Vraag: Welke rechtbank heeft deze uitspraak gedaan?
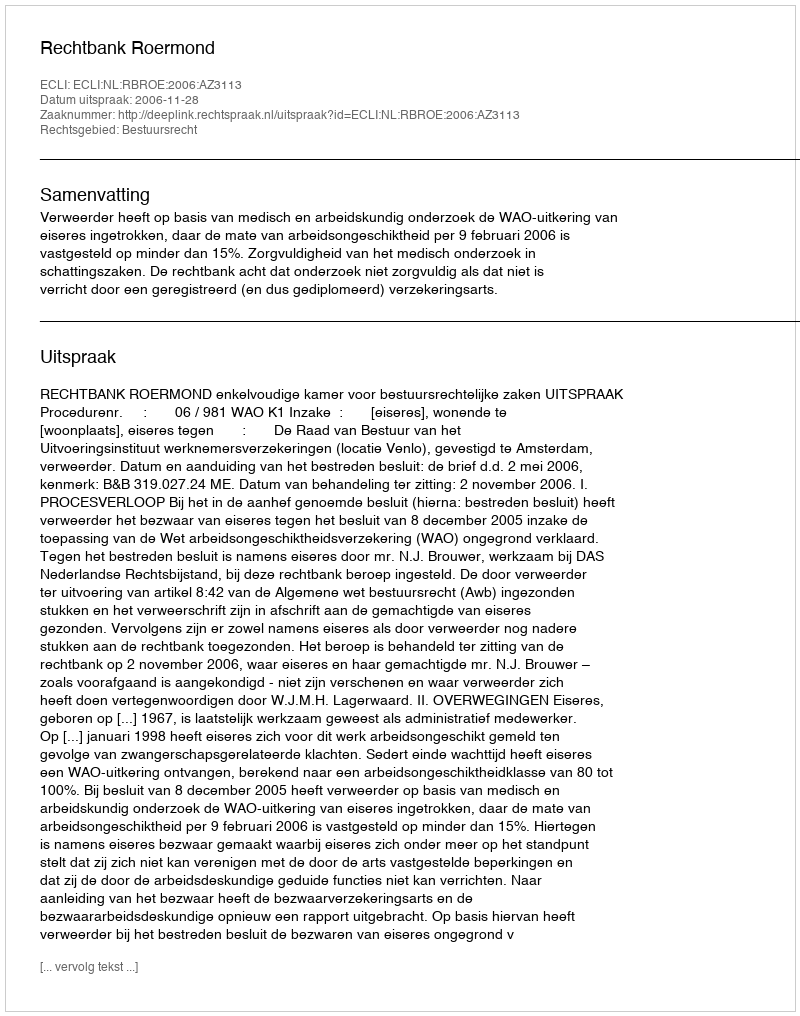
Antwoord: Rechtbank Roermond